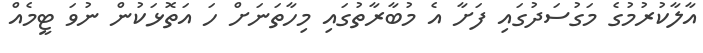
އާލާކުރުމުގެ މަގުސަދުގައި ފަށާ އެ މުބާރާތުގައި މިހާތަނަށް ހަ އަތޮޅަކުން ނުވަ ޓީމެއް